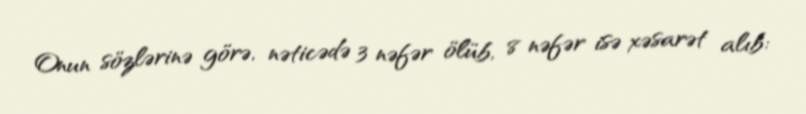
Onun sözlərinə görə, nəticədə 3 nəfər ölüb, 8 nəfər isə xəsarət alıb: